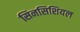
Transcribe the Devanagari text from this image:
सिनसिशियल